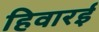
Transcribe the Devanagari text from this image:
हिवारई